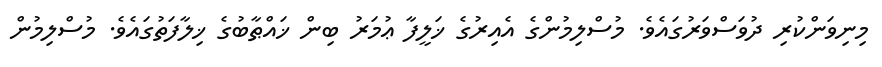
މިނިވަންކުރި ދުވަސްވަރުގައެވެ. މުސްލިމުންގެ އެއިރުގެ ޚަލީފާ ޢުމަރު ބިން ޚައްޠާބުގެ ޚިލާފަތުގައެވެ. މުސްލިމުން